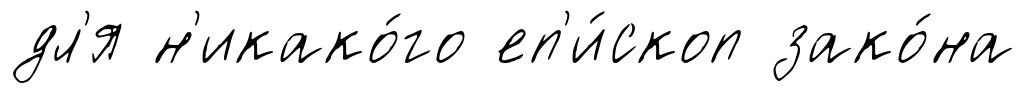
дл'я н'икако́го еп'и́скоп зако́на